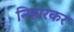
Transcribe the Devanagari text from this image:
निहारकर